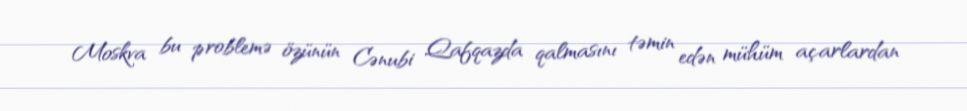
Moskva bu problemə özünün Cənubi Qafqazda qalmasını təmin edən mühüm açarlardan